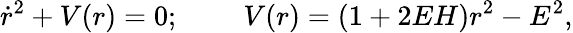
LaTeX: \dot{r}^{2}+V(r)=0;\; \; \; \; \; \; \; \; V(r)=(1+2EH)r^{2}-E^{2},